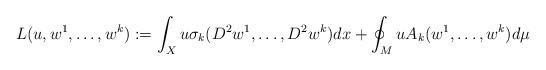
LaTeX: \begin{align*} L(u,w^1,\dotsc, w^k):= \int_X u \sigma_k(D^2 w^1,\dotsc, D^2 w^k) dx + \oint_M u A_k(w^1,\dotsc,w^k)d\mu\end{align*}